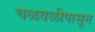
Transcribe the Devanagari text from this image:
चळवळीपासून